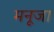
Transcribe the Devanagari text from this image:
मनूजा